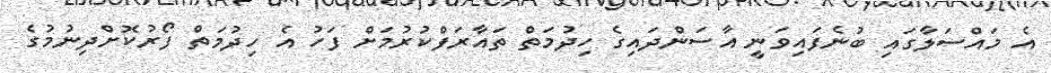
އެ މައްސަލާގައި ބުނެފައިވަނީ އާސަންދައިގެ ހިދުމަތް ތައާރަފްކުރުމަށް ފަހު އެ ހިދުމަތް ފޯރުކޮށްދިނުމުގެ